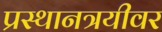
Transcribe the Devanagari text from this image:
प्रस्थानत्रयीवर